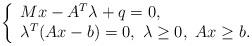
LaTeX: \begin{align*}\left\lbrace \begin{array}{l}Mx-A^T\lambda+q =0, \\ \lambda^T(Ax-b)=0, \ \lambda \geq 0 , \ Ax \geq b. \end{array}\right. \end{align*}